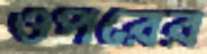
ওপরের